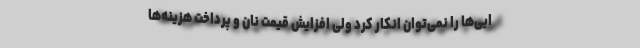
ایی‌ها را نمی‌توان انکار کرد ولی افزایش قیمت نان و پرداخت هزینه‌ها